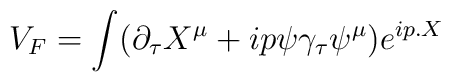
V_F = \int (\partial_{\tau} X^{\mu} +ip\psi \gamma_{\tau}\psi^{\mu})e^{ip.X}